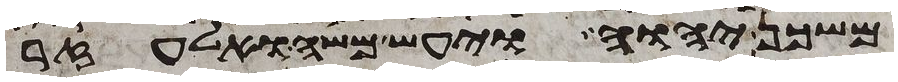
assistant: משכן יהוה ויעש משה ואלעזר